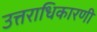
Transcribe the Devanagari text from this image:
उत्तराधिकारणी